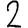
Digit: 2